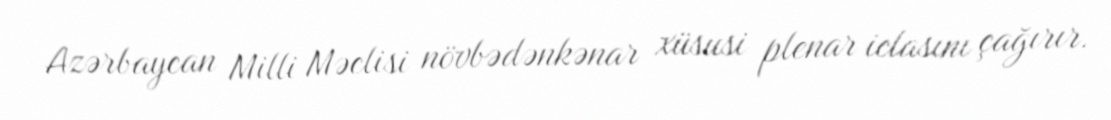
Azərbaycan Milli Məclisi növbədənkənar xüsusi plenar iclasını çağırır.